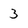
Character: 3